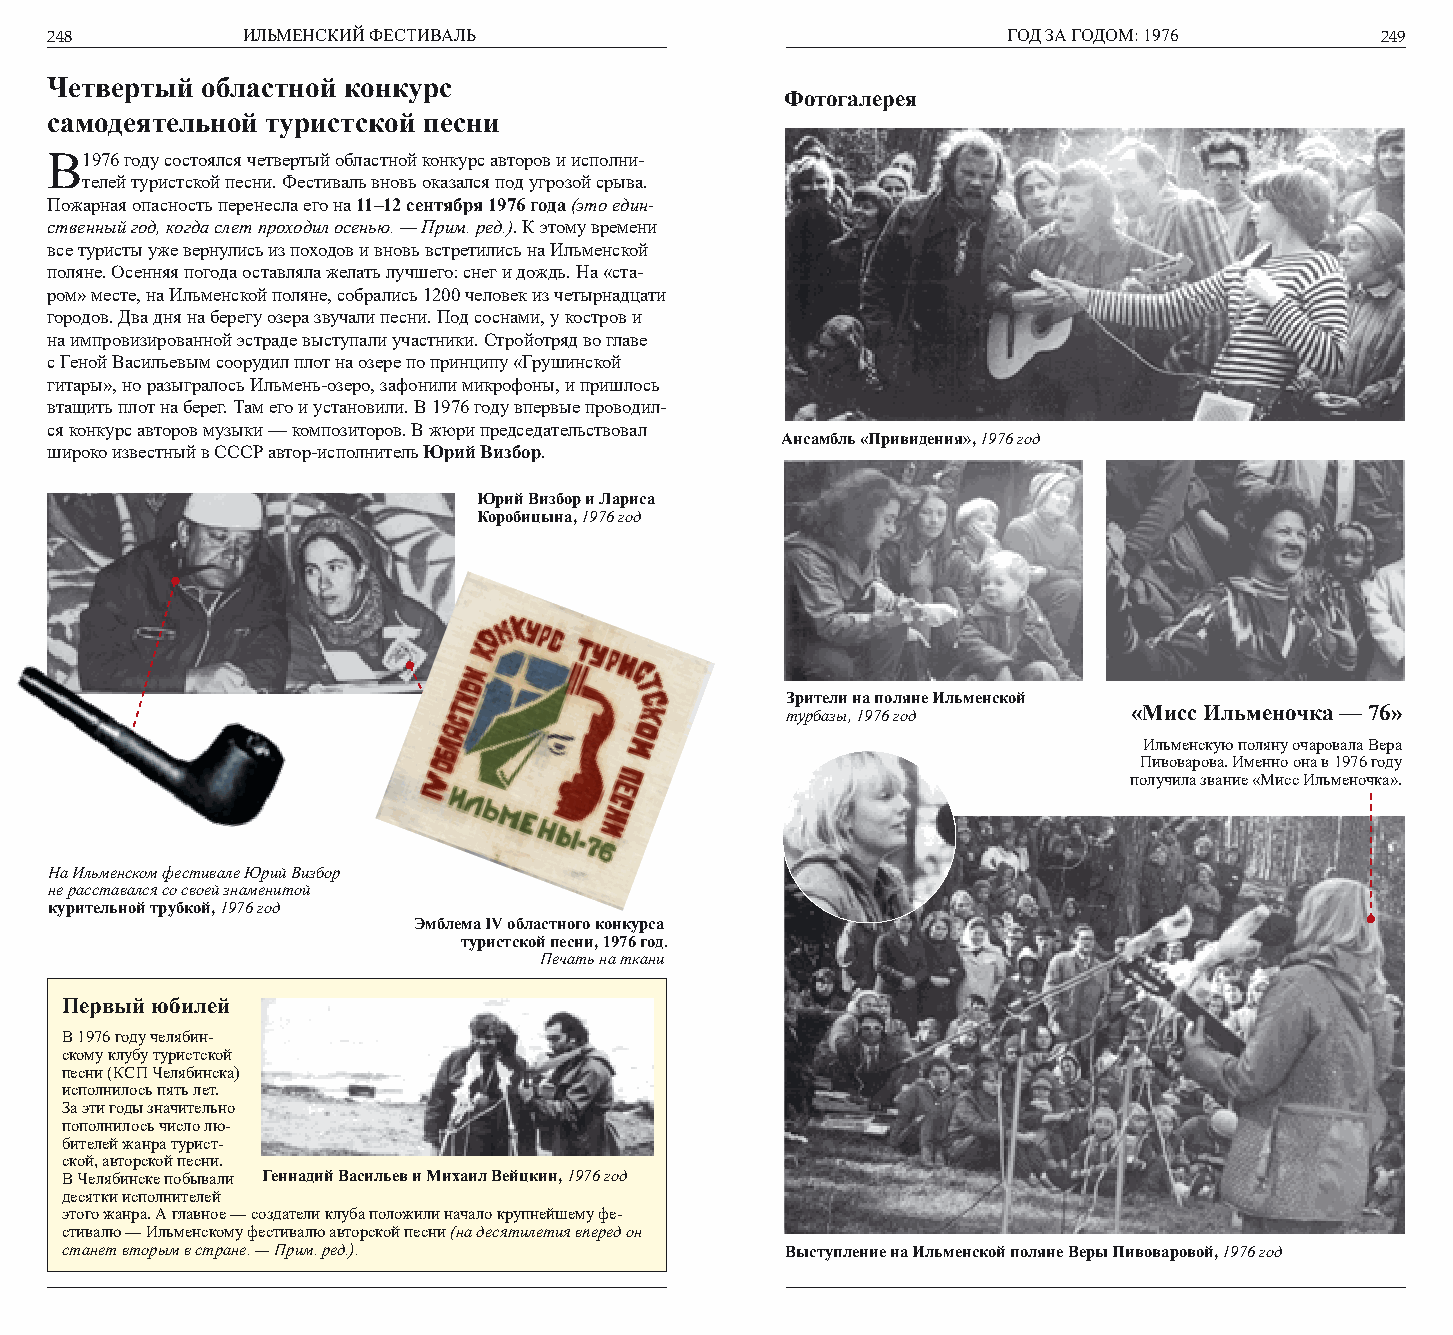
248          ИЛЬМЕНСКИЙ ФЕСТИВАЛЬ                               ГОД ЗА ГОДОМ: 1976      249
 Четвертый областной конкурс
 Фотогалерея
 самодеятельной туристской песни
 В1 976 году состоялся четвертый областной конкурс авторов и исполни-
 телей туристской песни. Фестиваль вновь оказался под угрозой срыва.
 Пожарная опасность перенесла его на 11–12 сентября 1976 года (это един-
 ственный год, когда слет проходил осенью. — Прим. ред.). К этому времени
 все туристы уже вернулись из походов и вновь встретились на Ильменской
 поляне. Осенняя погода оставляла желать лучшего: снег и дождь. На «ста-
 ром» месте, на Ильменской поляне, собрались 1200 человек из четырнадцати
 городов. Два дня на берегу озера звучали песни. Под соснами, у костров и
 на импровизированной эстраде выступали участники. Стройотряд во главе
 с Геной Васильевым соорудил плот на озере по принципу «Грушинской
 гитары», но разыгралось Ильмень-озеро, зафонили микрофоны, и пришлось
 втащить плот на берег. Там его и установили. В 1976 году впервые проводил-
 ся конкурс авторов музыки — композиторов. В жюри председательствовал
 Ансамбль «Привидения», 1976 год
 широко известный в СССР автор-исполнитель Юрий Визбор.
 Юрий Визбор и Лариса
 Коробицына, 1976 год
 Зрители на поляне Ильменской
 турбазы, 1976 год      «Мисс Ильменочка — 76»
 Ильменскую поляну очаровала Вера
 Пивоварова. Именно она в 1976 году
 получила звание «Мисс Ильменочка».
 На Ильменском фестивале Юрий Визбор
 не расставался со своей знаменитой
 курительной трубкой, 1976 год
 Эмблема IV областного конкурса
 туристской песни, 1976 год.
 Печать на ткани
 Первый юбилей
 В 1976 году челябин-
 скому клубу туристской
 песни (КСП Челябинска)
 исполнилось пять лет.
 За эти годы значительно
 пополнилось число лю-
 бителей жанра турист-
 ской, авторской песни.
 В Челябинске побывали Геннадий Васильев и Михаил Вейцкин, 1976 год
 десятки исполнителей
 этого жанра. А главное — создатели клуба положили начало крупнейшему фе-
 стивалю — Ильменскому фестивалю авторской песни (на десятилетия вперед он
 станет вторым в стране. — Прим. ред.).          Выступление на Ильменской поляне Веры Пивоваровой, 1976 год